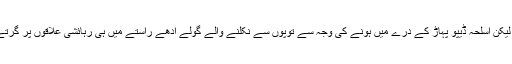
اس لئے اْس پار کی فوج اسلحہ ڈیپو کو نشانہ بنانے کی تاک رہتی تھی لیکن اسلحہ ڈیپو پہاڑ کے درے میں ہونے کی وجہ سے توپوں سے نکلنے والے گولے آدھے راستے میں ہی رہائشی علاقوں پر گرتے جس سے ہر بار دو چار لوگوں کو بغیر کسی تقصیر کے نگل جاتے۔